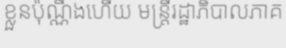
ខ្លួនប៉ុណ្ណឹងហើយ មន្ត្រីរដ្ឋាភិបាលភាគ